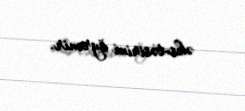
əks-təsirini öyrənir.